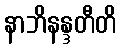
နာဘိနန္ဒတီတိ